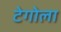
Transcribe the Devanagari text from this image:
टेगोला